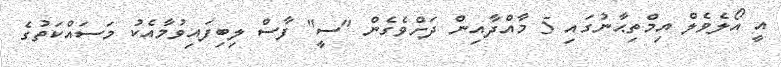
އީ އޯލެވެލް އިމްތިޙާނުގައި 5 މާއްދާއިން ދަށްވެގެން "ސީ" ފާސް ލިބިފައިވުމާއެކު މަސައްކަތުގެ